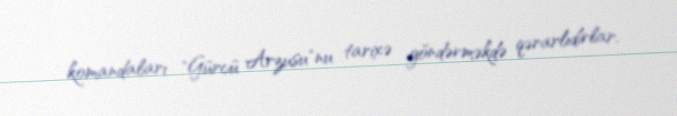
komandaları "Gürcü Arzusu"nu tarixə göndərməkdə qərarlıdırlar.